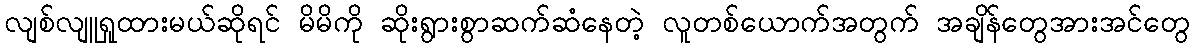
လျစ်လျူရှုထားမယ်ဆိုရင် မိမိကို ဆိုးရွားစွာဆက်ဆံနေတဲ့ လူတစ်ယောက်အတွက် အချိန်တွေအားအင်တွေ